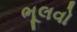
ભૂલવો